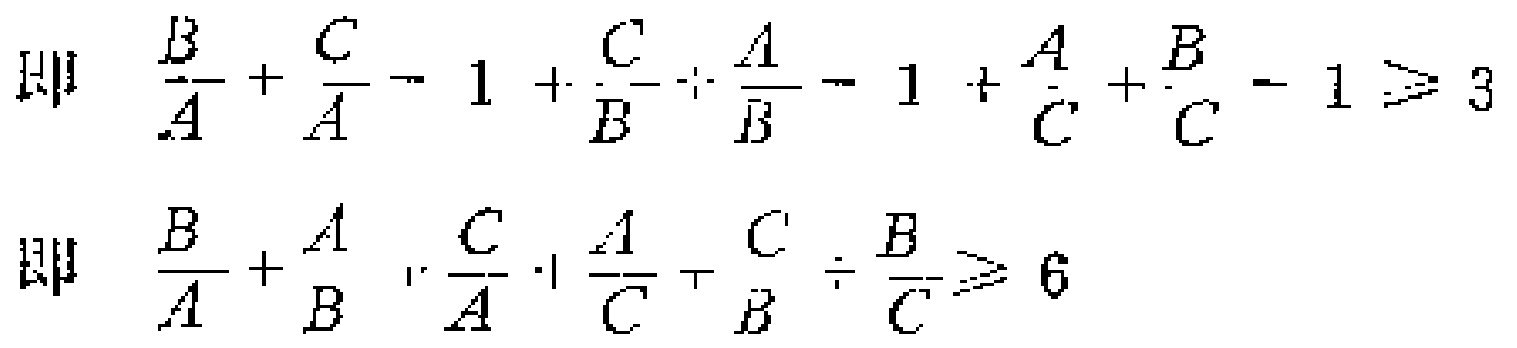
即 \(\frac{B}{A}+\frac{C}{A}-1+\frac{C}{B}+\frac{A}{B}-1+\frac{A}{C}+\frac{B}{C}-1\geq3\)

即 \(\frac{B}{A}+\frac{A}{B}+\frac{C}{A}+\frac{A}{C}+\frac{C}{B}+\frac{B}{C}\geq6\)